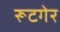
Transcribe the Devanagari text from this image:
रूटगेर